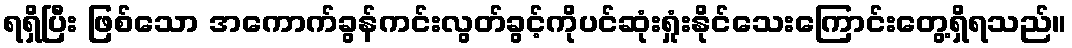
ရရှိပြီး ဖြစ်သော အကောက်ခွန်ကင်းလွတ်ခွင့်ကိုပင်ဆုံးရှုံးနိုင်သေးကြောင်းတွေ့ရှိရသည်။